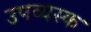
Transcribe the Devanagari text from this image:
उपव्यस्क